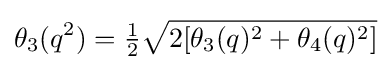
\theta _{3}(q^{2})={\tfrac {1}{2}}{\sqrt {2[\theta _{3}(q)^{2}+\theta _{4}(q)^{2}]}}